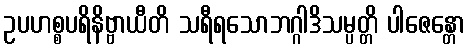
ဥပဟစ္စပရိနိဗ္ဗာယီတိ သရီရသောဘဂ္ဂါဒိသမ္ပတ္တိ ပါဇေန္တော